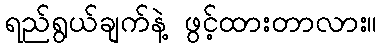
ရည်ရွယ်ချက်နဲ့ ဖွင့်ထားတာလား။